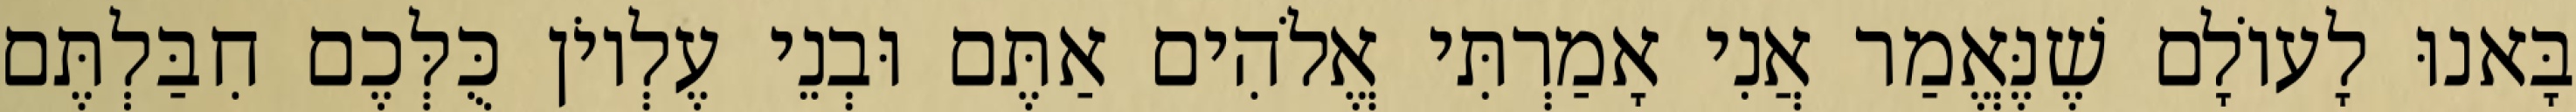
בָּאנוּ לָעוֹלָם שֶׁנֶּאֱמַר אֲנִי אָמַרְתִּי אֱלֹהִים אַתֶּם וּבְנֵי עֶלְיוֹן כֻּלְּכֶם חִבַּלְתֶּם